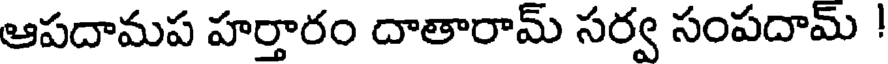
ఆపదామప హర్తారం దాతారామ్ సర్వ సంపదామ్ !